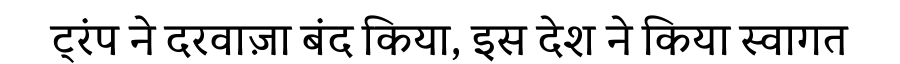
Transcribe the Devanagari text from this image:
ट्रंप ने दरवाज़ा बंद किया, इस देश ने किया स्वागत